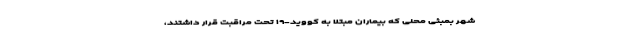
شهر بمبئی محلی که بیماران مبتلا به کووید-۱۹ تحت مراقبت قرار داشتند،